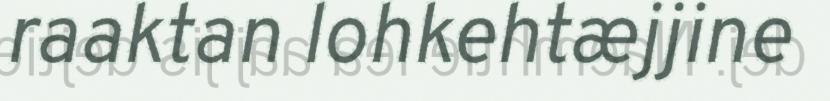
raaktan lohkehtæjjine